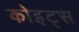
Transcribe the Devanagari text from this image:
कोइट्स